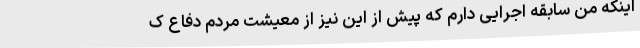
اینکه من سابقه اجرایی دارم که پیش از این نیز از معیشت مردم دفاع ک